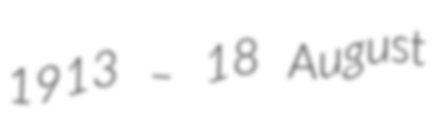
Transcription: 1913 – 18 August